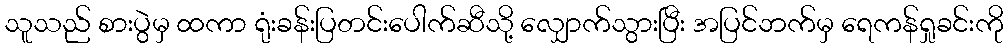
သူသည် စားပွဲမှ ထကာ ရုံးခန်းပြတင်းပေါက်ဆီသို့ လျှောက်သွားပြီး အပြင်ဘက်မှ ရေကန်ရှုခင်းကို